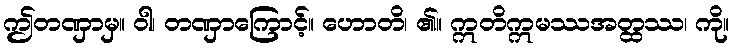
ဤတဏှာမှ။ ဝါ၊ တဏှာကြောင့်။ ဟောတိ၊ ၏။ ဣတိဣမဿအတ္ထဿ၊ ကို။